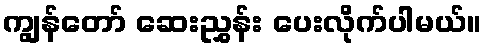
ကျွန်တော် ဆေးညွှန်း ပေးလိုက်ပါမယ်။